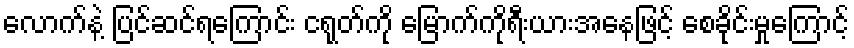
လောက်နဲ့ ပြင်ဆင်ရကြောင်း ငရုတ်ကို မြောက်ကိုရီးယားအနေဖြင့် စေခိုင်းမှုကြောင့်